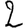
Digit: 2